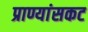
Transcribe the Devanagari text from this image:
प्राण्यांसकट